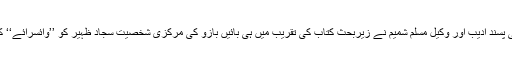
معروف ترقی پسند ادیب اور وکیل مسلم شمیم نے زیربحث کتاب کی تقریب میں ہی بائیں بازو کی مرکزی شخصیت سجاد ظہیر کو ’’وائسرائے‘‘ کا خطاب دیا۔